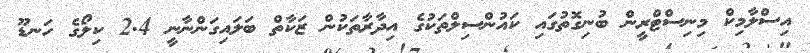
އިސްލާމިކް މިނިސްޓްރީން ބުނިގޮތުގައި ކައުންސިލްތަކުގެ އިދާރާތަކުން ޒަކާތް ބަލައިގަންނާނީ 2.4 ކިލޯގެ ހަނޑޫ